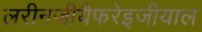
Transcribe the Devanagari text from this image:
लरीनजीयैफरेइजीयाल